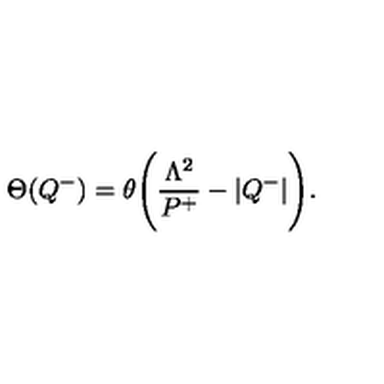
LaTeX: \Theta ( Q ^ { - } ) = \theta \Biggl ( { \frac { \Lambda ^ { 2 } } { P ^ { + } } } - | Q ^ { - } | \Biggr ) .